65_HS1-834228961_62-HQ-83894_Section_10
Agency: FBI
Page 62
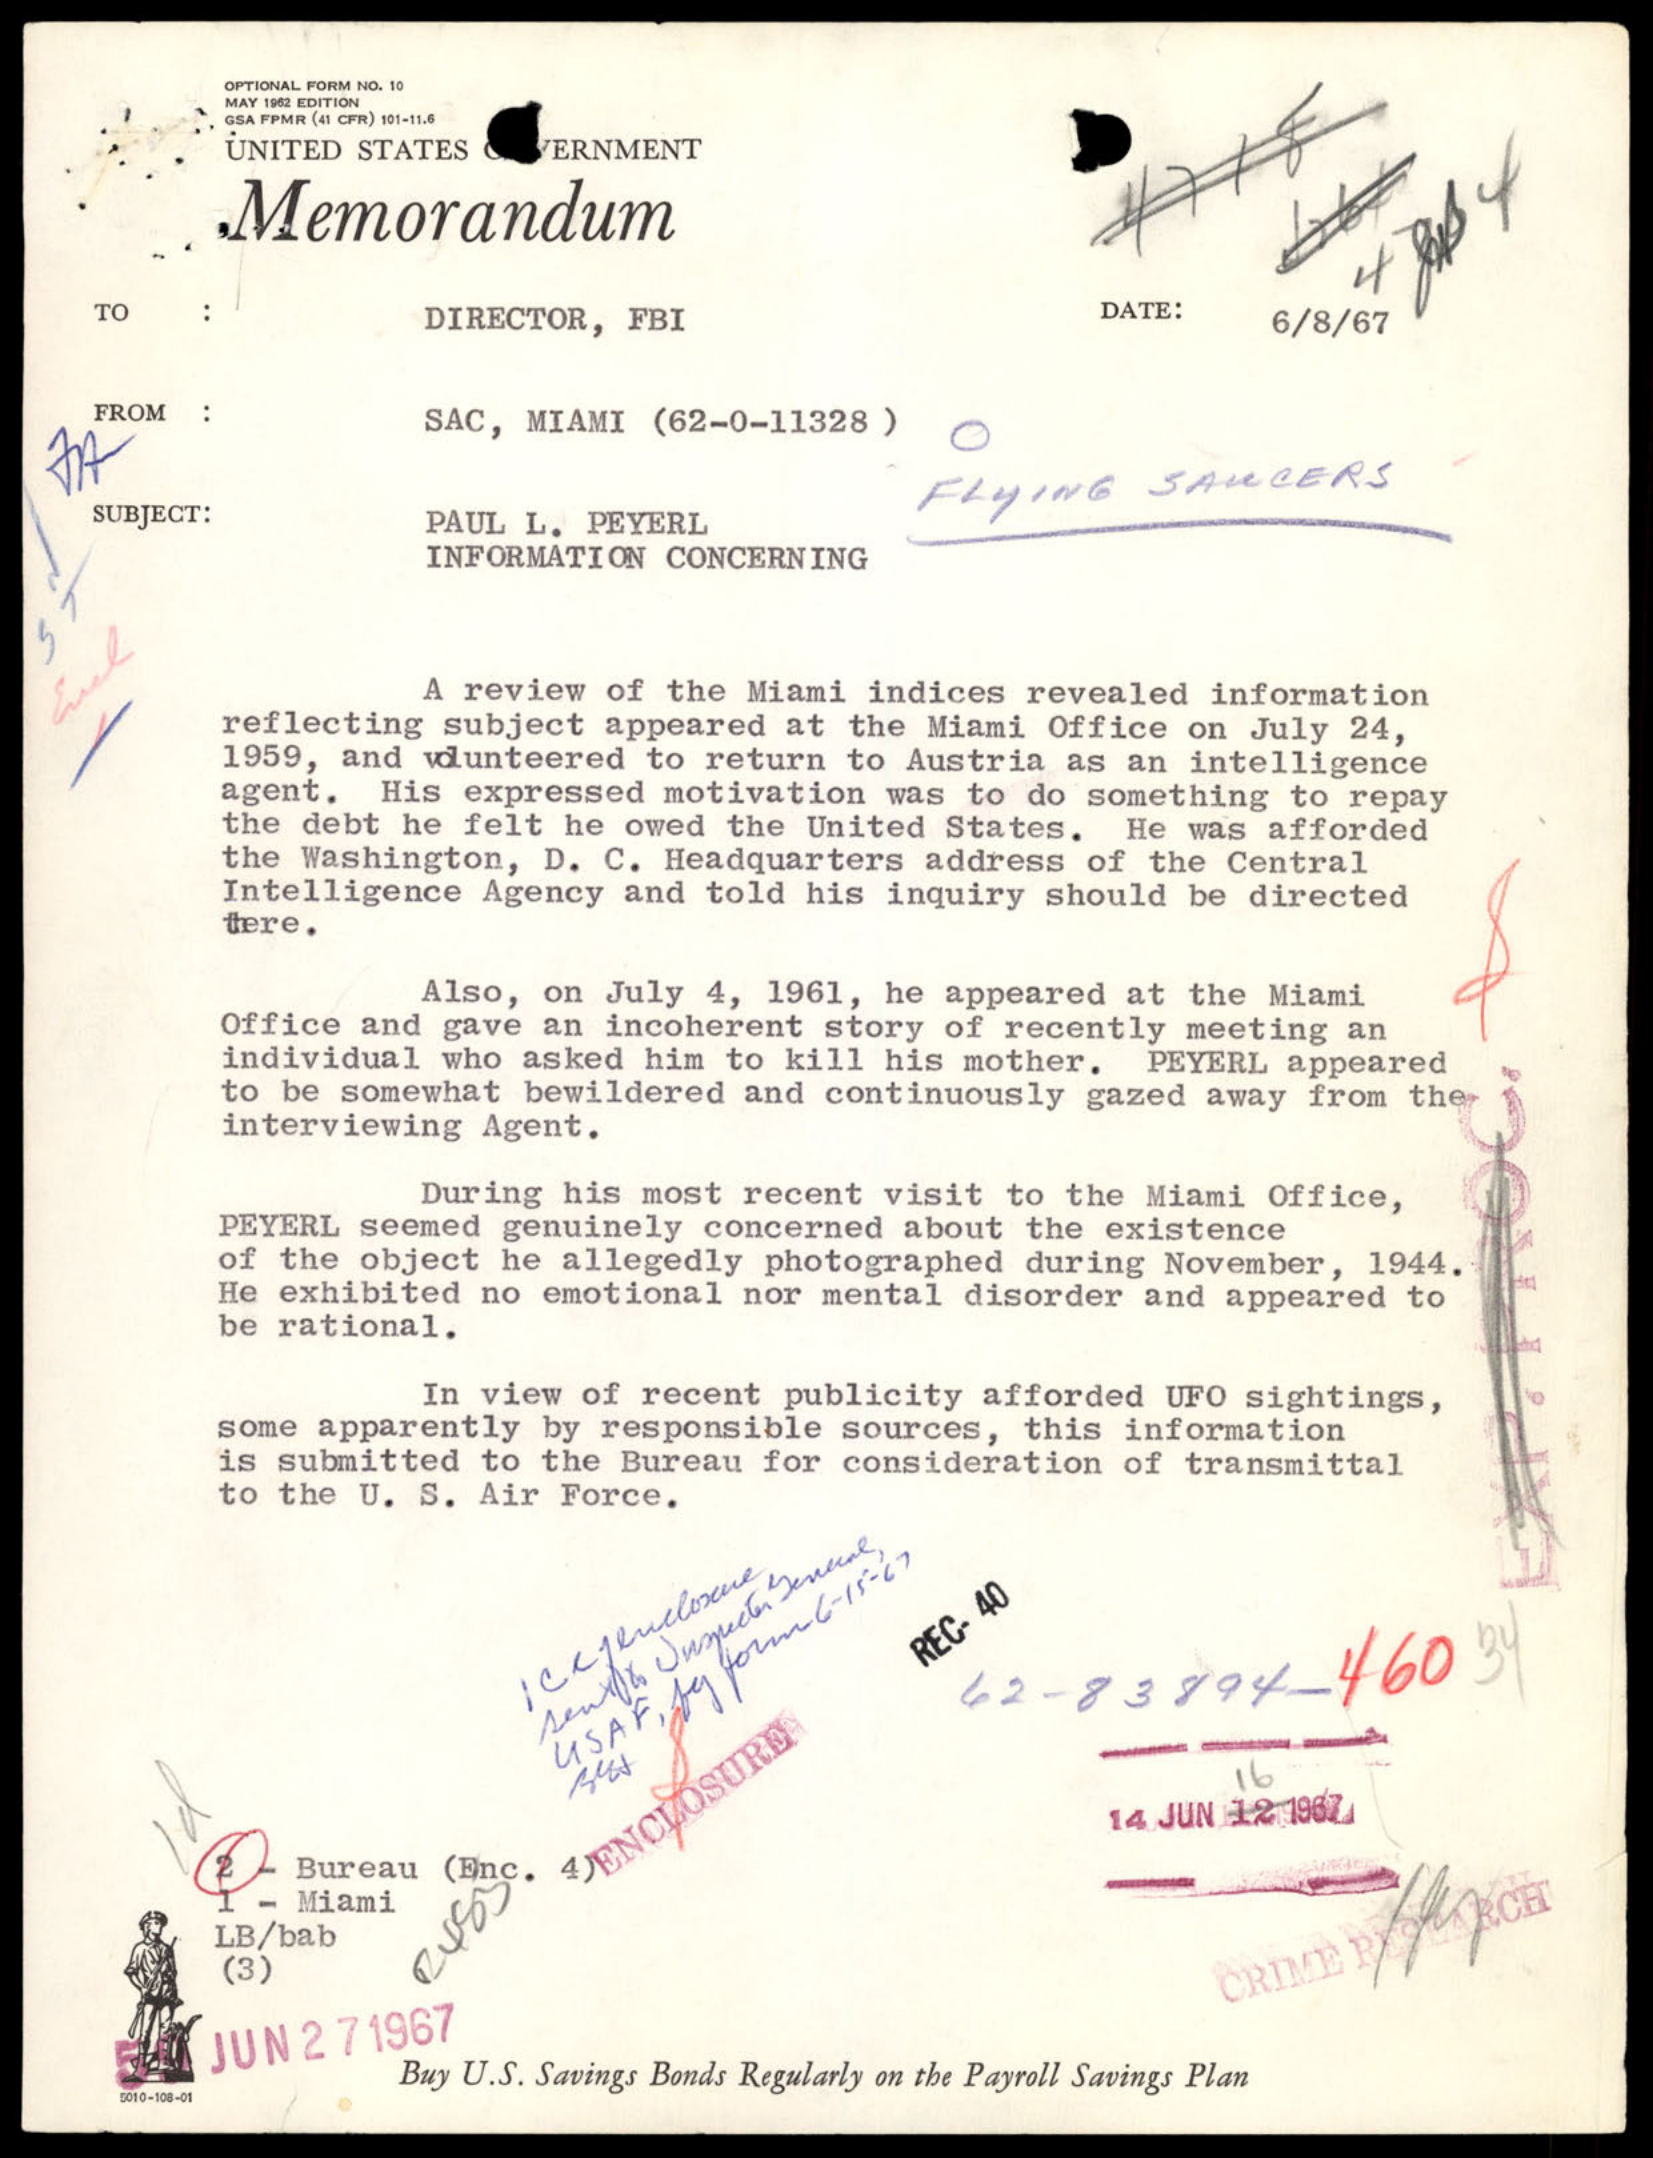